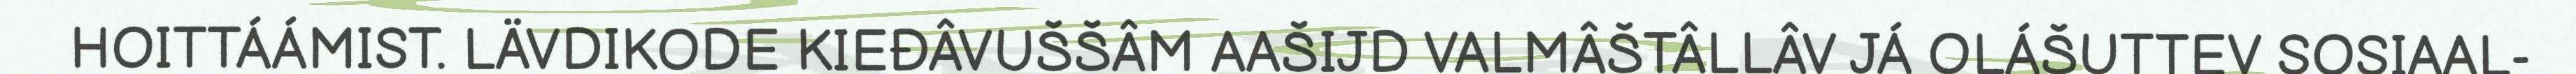
HOITTÁÁMIST. LÄVDIKODE KIEĐÂVUŠŠÂM AAŠIJD VALMÂŠTÂLLÂV JÁ OLÁŠUTTEV SOSIAAL-